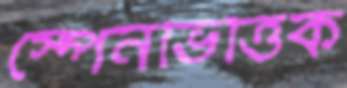
স্পেনভিত্তিক